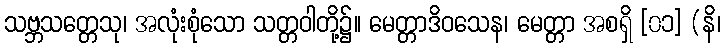
သဗ္ဘသတ္တေသု၊ အလုံးစုံသော သတ္တဝါတို့၌။ မေတ္တာဒိဝသေန၊ မေတ္တာ အစရှိ [၀၁] (နိ၊